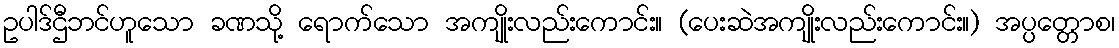
ဥပါဒ်ဌီဘင်ဟူသော ခဏသို့ ရောက်သော အကျိုးလည်းကောင်း။ (ပေးဆဲအကျိုးလည်းကောင်း။) အပ္ပတ္တောစ၊